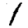
Digit: 1